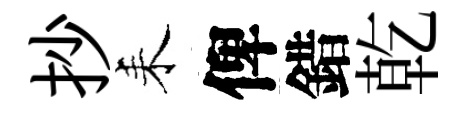
抄耒俾錯乾